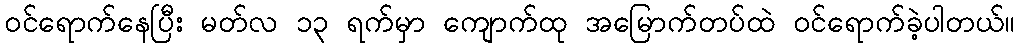
ဝင်ရောက်နေပြီး မတ်လ ၁၃ ရက်မှာ ကျောက်ထု အမြောက်တပ်ထဲ ဝင်ရောက်ခဲ့ပါတယ်။